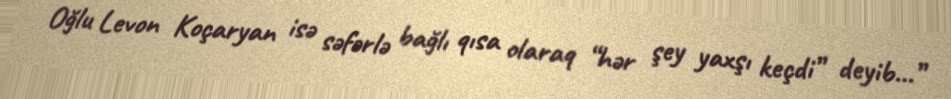
Oğlu Levon Koçaryan isə səfərlə bağlı qısa olaraq “hər şey yaxşı keçdi” deyib…”